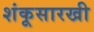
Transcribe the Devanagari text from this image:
शंकूसारखी